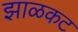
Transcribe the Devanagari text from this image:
झाळकट